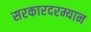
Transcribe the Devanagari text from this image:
सरकारदरम्यान